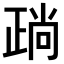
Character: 𣦎